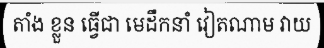
តាំង ខ្លួន ធ្វើជា មេដឹកនាំ វៀតណាម វាយ